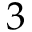
3